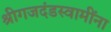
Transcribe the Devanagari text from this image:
श्रीगजदंडस्वामींना